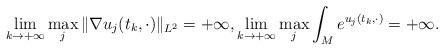
LaTeX: \begin{align*}\lim_{k\to+\infty} \max_j \|\nabla u_j(t_k,\cdot)\|_{L^2}=+\infty, \lim_{k\to+\infty}\max_j\int_{M}e^{u_j(t_k,\cdot)}=+\infty.\end{align*}